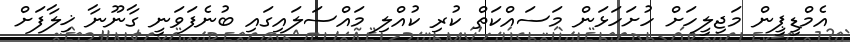
އެމްޑީޕީން މަޖިލީހަށް ހުށަހަޅަން މަސައްކަތް ކުރި ކުއްލި މައްސަލައިގައި ބުނެފަވަނީ ގާނޫނާ ޚިލާފަށް